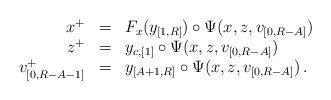
LaTeX: \begin{align*}\begin{array}{rcl}x^{+} & = & F_{x}(y_{[1,R]})\circ\Psi(x,z,v_{[0,R-A]})\\z^{+} & = & y_{c,[1]}\circ\Psi(x,z,v_{[0,R-A]})\\v_{[0,R-A-1]}^{+} & = & y_{[A+1,R]}\circ\Psi(x,z,v_{[0,R-A]})\,.\end{array}\end{align*}